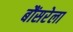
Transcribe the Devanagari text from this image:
बौंसरेला